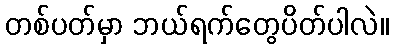
တစ်ပတ်မှာ ဘယ်ရက်တွေပိတ်ပါလဲ။